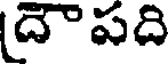
దౌపది